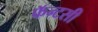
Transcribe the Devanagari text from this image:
फॅन्टसी